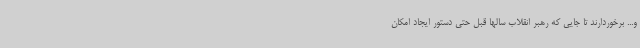
و... برخوردارند تا جایی که رهبر انقلاب سالها قبل حتی دستور ایجاد امکان